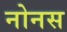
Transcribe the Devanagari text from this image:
नोनस